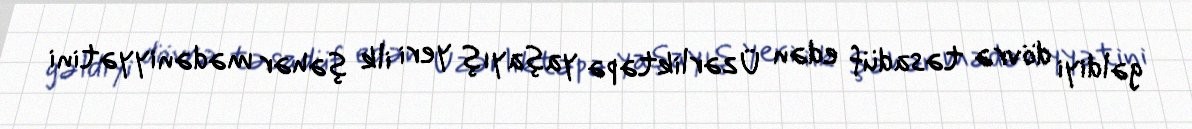
gəldiyi dövrə təsadüf edən Üzərliktəpə yaşayış yeri ilk şəhər mədəniyyətini